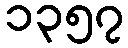
၁၃၅၇